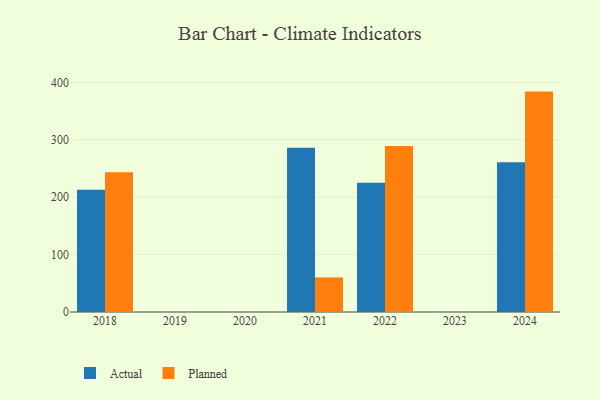
{"axis": {"x": "Year", "y": "Energy Usage (MWh)"}, "legend": ["Actual", "Planned"], "data": [{"x": "2024", "y": 261.0, "type": "Actual"}, {"x": "2024", "y": 384.0, "type": "Planned"}, {"x": "2022", "y": 225.4, "type": "Actual"}, {"x": "2022", "y": 289.3, "type": "Planned"}, {"x": "2021", "y": 286.0, "type": "Actual"}, {"x": "2021", "y": 60.3, "type": "Planned"}, {"x": "2018", "y": 213.1, "type": "Actual"}, {"x": "2018", "y": 243.7, "type": "Planned"}]}